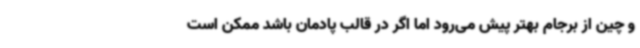
و چین از برجام بهتر پیش می‌رود اما اگر در قالب پادمان باشد ممکن است